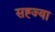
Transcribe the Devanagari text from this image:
सह्ज्या